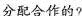
分配合作的?